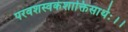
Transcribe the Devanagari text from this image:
परवशस्वकंशाक्तिसार्थः।।